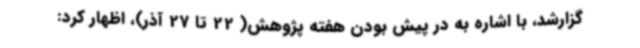
گزارشد، با اشاره به در پیش بودن هفته پژوهش( 22 تا 27 آذر)، اظهار کرد: